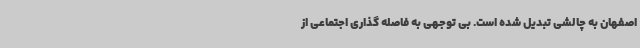
اصفهان به چالشی تبدیل شده است. بی توجهی به فاصله گذاری اجتماعی از